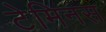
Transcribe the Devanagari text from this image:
टेमिनस